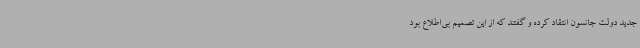
جدید دولت جانسون انتقاد کرده و گفتند که از این تصمیم بی‌اطلاع بود